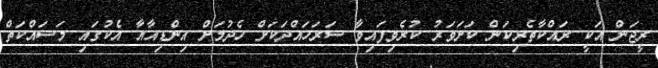
ރީޖަން އަކީ ރައްކާތެރިކަން ކަށަވަރު ކުރެވިފައިވާ ސަރަހައްދަކަށް ހެދުމަށް އިންޑިއާއާ އެކުގައި މަސައްކަތް